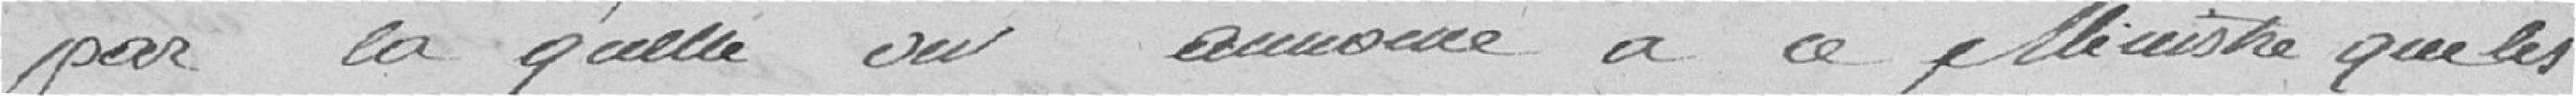
par la quelle on annonce à ce ministre que les